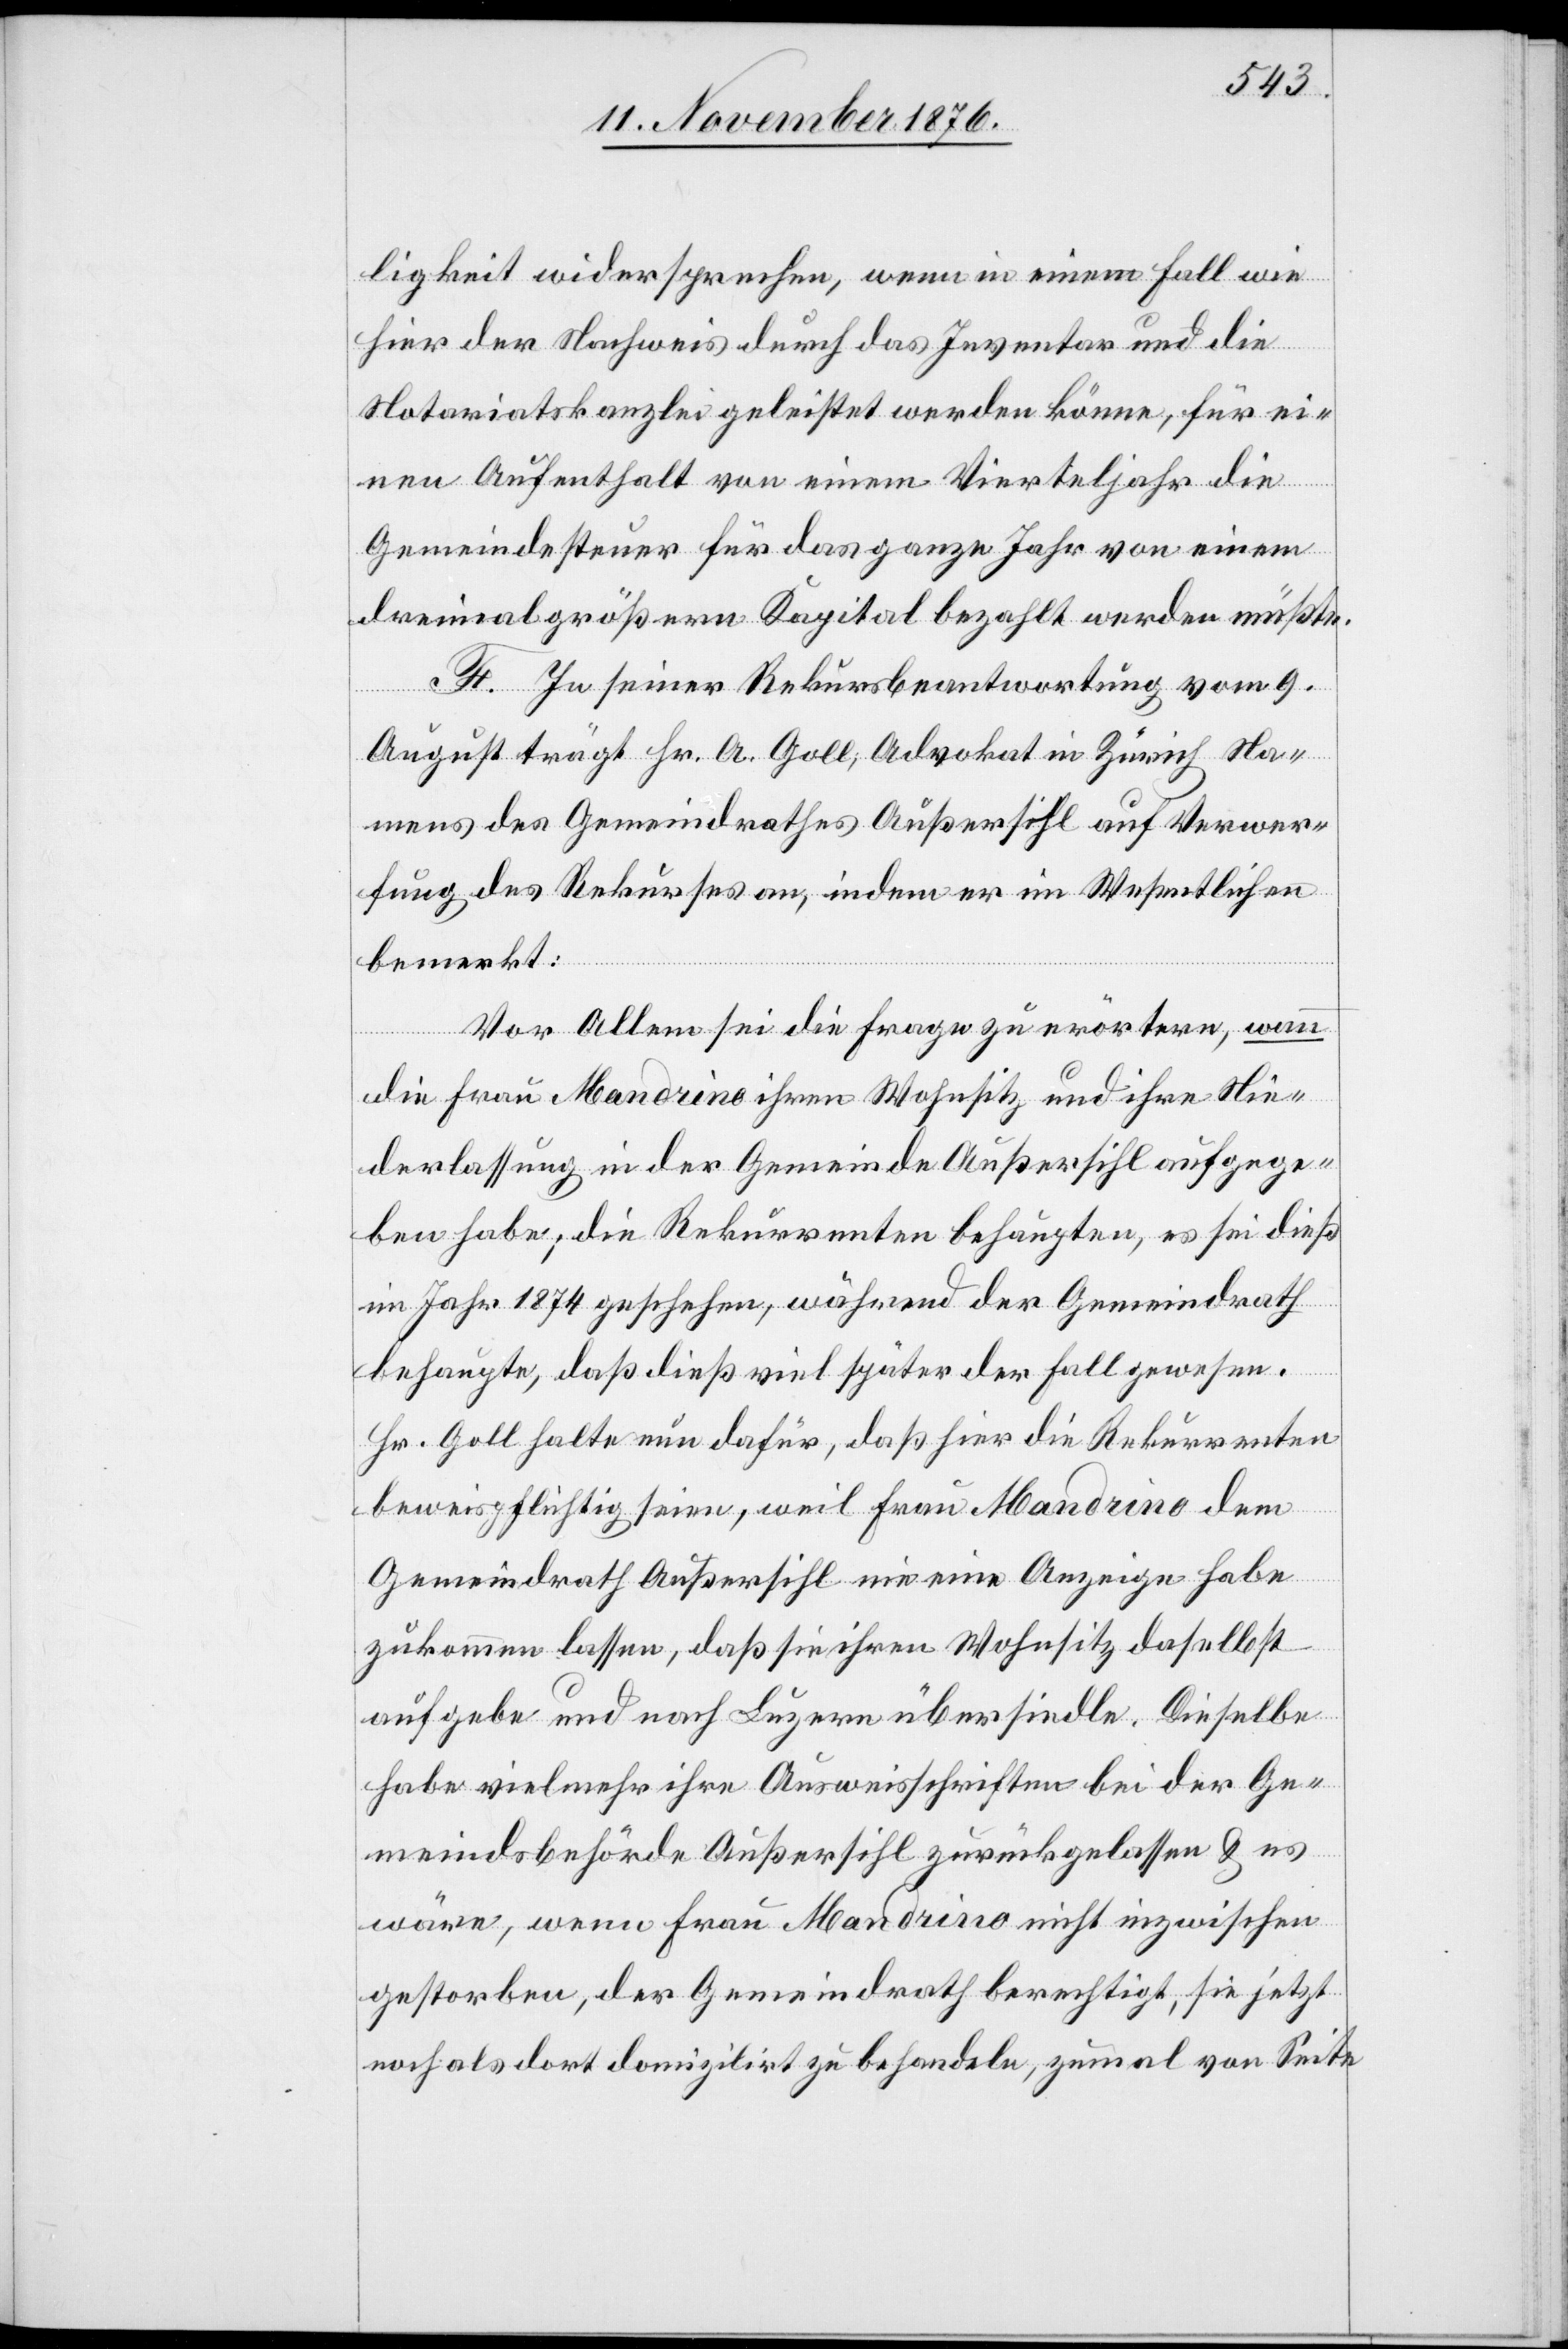
lligkeit widersprechen, wenn in einem Fall wie
hier der Nachweis durch das Inventar und die
Notariatskanzlei geleistet werden könne, für ei¬
nen Aufenthalt von einem Vierteljahr die
Gemeindesteuer für das ganze Jahr von einem
dreimal größern Kapital bezahlt werden müßte.
F. In seiner Rekursbeantwortung vom 9.
August trägt Hr. A. Goll, Advokat in Zürich Na¬
mens des Gemeindrathes Außersihl auf Verwer¬
fung des Rekurses an, indem er im Wesentlichen
bemerkt:
Vor Allem sei die Frage zu erörtern, wann
die Frau Mandrino ihren Wohnsitz und ihre Nie¬
derlassung in der Gemeinde Außersihl aufgege¬
ben habe; die Rekurrenten behaupten, es sei dieß
im Jahr 1874 geschehen, während der Gemeindrath
behaupte, daß dieß viel später der Fall gewesen.
Hr. Goll halte nun dafür, daß hier die Rekurrenten
beweispflichtig seien, weil Frau Mandrino dem
Gemeindrath Außersihl nie eine Anzeige habe
zukommen lassen, daß sie ihren Wohnsitz daselbst
aufgebe und nach Luzern übersiedle. Dieselbe
habe vielmehr ihre Ausweisschriften bei der Ge¬
meindsbehörde Außersihl zurückgelassen & es
wäre, wenn Frau Mandrino nicht inzwischen
gestorben, der Gemeindrath berechtigt, sie jetzt
noch als domizilirt zu behandeln, zumal von Seite